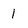
Character: 1